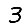
Digit: 3